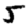
Digit: 5